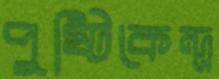
পুষ্টিকেন্দ্র